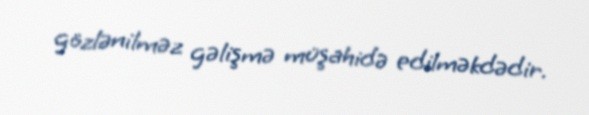
gözlənilməz gəlişmə müşahidə edilməkdədir.